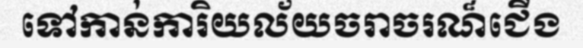
ទៅកាន់ការិយល័យចរាចរណ៏ជើង